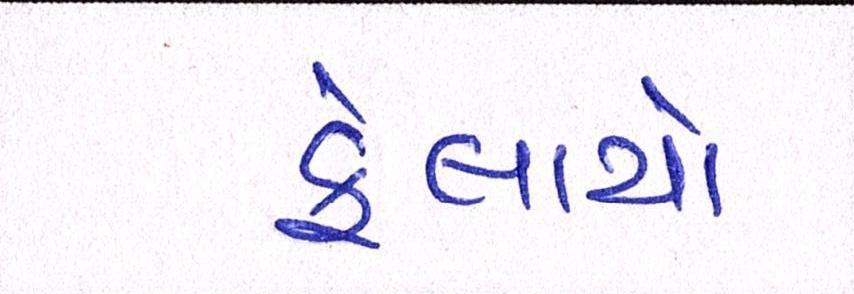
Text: ફેલાયો